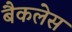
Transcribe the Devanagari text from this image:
बैकलेस